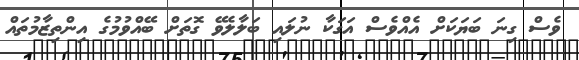
ވެސް ގިނަ ބަޔަކަށް އެއްވެސް އަގަކާ ނުލައި ބަލާލެވޭ ގޮތަށް ބޭއްވުމުގެ އިންތިޒާމުތައް